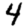
Digit: 4